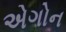
એગોન